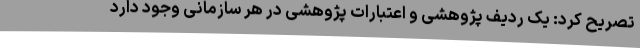
تصریح کرد: یک ردیف پژوهشی و اعتبارات پژوهشی در هر سازمانی وجود دارد